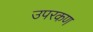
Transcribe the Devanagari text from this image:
उपरकण